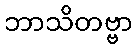
ဘာသိတဗ္ဗာ